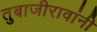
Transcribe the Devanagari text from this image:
तुबाजीरावांनी